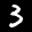
Label: 3